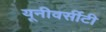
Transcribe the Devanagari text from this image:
यूनीवर्सीटी